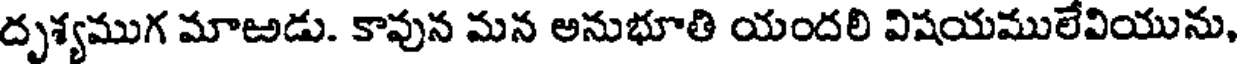
దృశ్యముగ మాఱడు. కావున మన అనుభూతి యందలి విషయములేవియును,